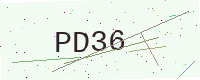
Text: PD36